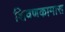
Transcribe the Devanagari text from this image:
शिवणकामास